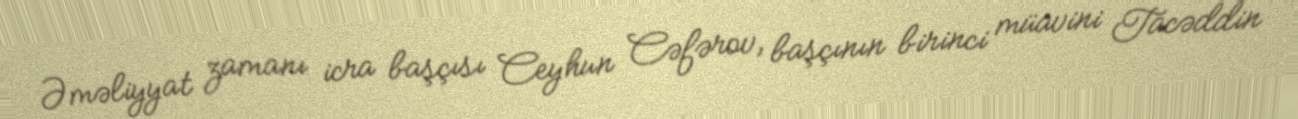
Əməliyyat zamanı icra başçısı Ceyhun Cəfərov, başçının birinci müavini Tacəddin